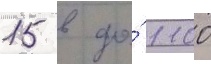
15 в до́ 1100